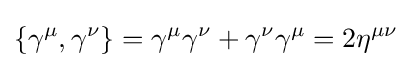
\displaystyle \{\gamma ^{\mu },\gamma ^{\nu }\}=\gamma ^{\mu }\gamma ^{\nu }+\gamma ^{\nu }\gamma ^{\mu }=2\eta ^{\mu \nu }